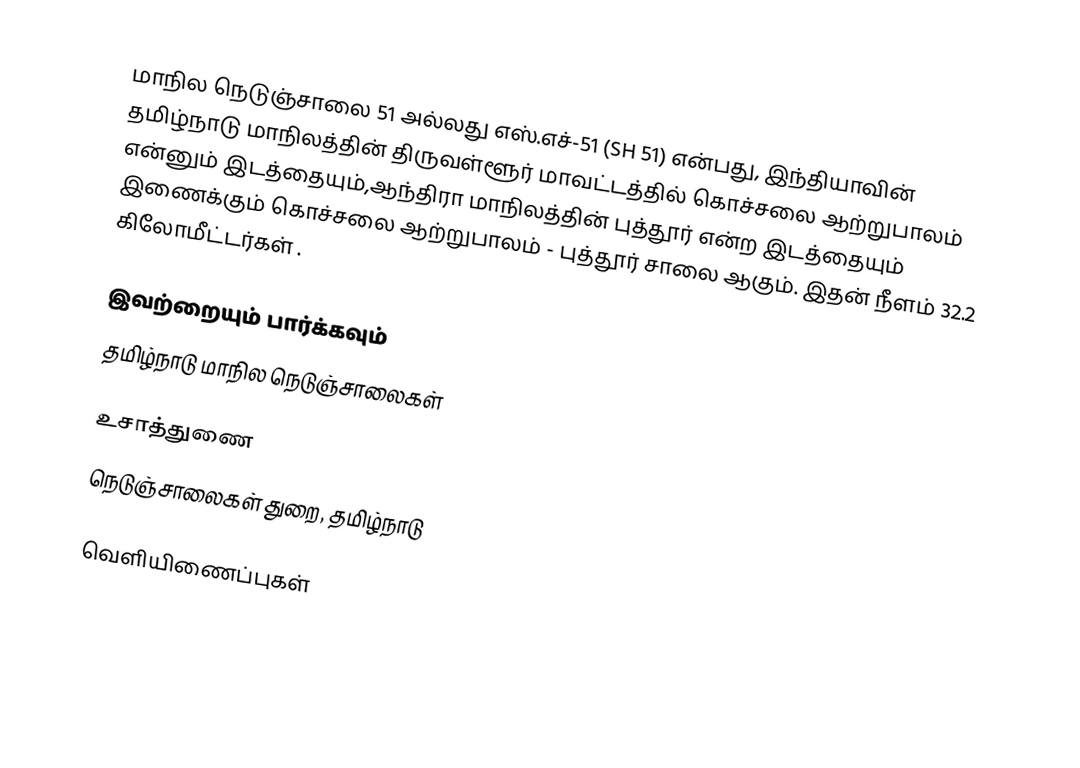
மாநில நெடுஞ்சாலை 51 அல்லது எஸ்.எச்-51 (SH 51) என்பது, இந்தியாவின் தமிழ்நாடு மாநிலத்தின் திருவள்ளூர் மாவட்டத்தில் கொச்சலை ஆற்றுபாலம் என்னும் இடத்தையும்,ஆந்திரா மாநிலத்தின்  புத்தூர் என்ற இடத்தையும் இணைக்கும் கொச்சலை ஆற்றுபாலம் - புத்தூர் சாலை ஆகும். இதன் நீளம் 32.2  கிலோமீட்டர்கள் .

இவற்றையும் பார்க்கவும்
 தமிழ்நாடு மாநில நெடுஞ்சாலைகள்

உசாத்துணை
 நெடுஞ்சாலைகள் துறை, தமிழ்நாடு

வெளியிணைப்புகள்